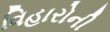
વિહારોની